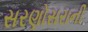
સરણોસરાની